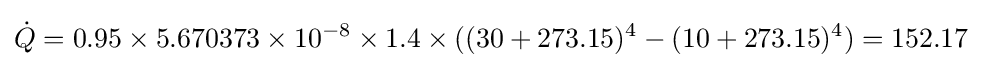
{\dot {Q}}=0.95\times 5.670373\times 10^{-8}\times 1.4\times ((30+273.15)^{4}-(10+273.15)^{4})=152.17